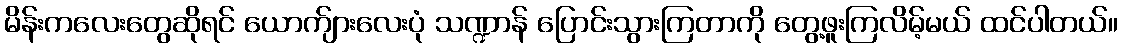
မိန်းကလေးတွေဆိုရင် ယောက်ျားလေးပုံ သဏ္ဍာန် ပြောင်းသွားကြတာကို တွေ့ဖူးကြလိမ့်မယ် ထင်ပါတယ်။